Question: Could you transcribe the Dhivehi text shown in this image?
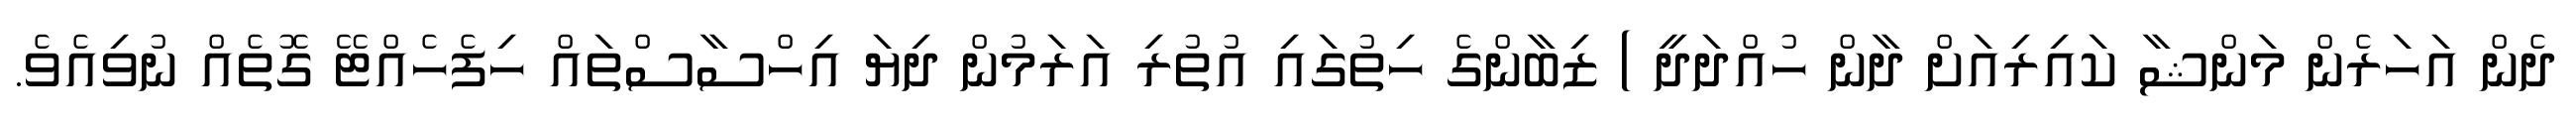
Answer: ދެން އަހަރެން މަންޝާ ކައިރިއަށް ދާން ހުއްދަދީ ) ޒިބާންގެ ހިތުގައި އުތުރި އަރަމުން ދިޔަ އިހްސާސްތައް ހިފެހެއްޓޭ ގޮތެއް ނުވިއެވެ.